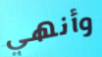
وأنهي